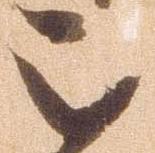
被